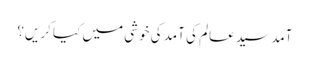
آمدِ سیدِ عالم کی آمد کی خوشی میں کیا کریں؟